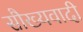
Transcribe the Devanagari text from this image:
सौख्यवादी